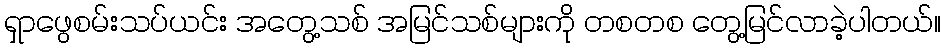
ရှာဖွေစမ်းသပ်ယင်း အတွေ့သစ် အမြင်သစ်များကို တစတစ တွေ့မြင်လာခဲ့ပါတယ်။